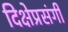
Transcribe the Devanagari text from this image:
दिक्षेप्रसंगी